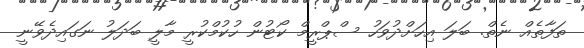
ތަފާތެއް ނެތް. ބަލަ އިހަށްދުވަހު ސްޕްރީމް ކޯޓުން ހުކުމްކުރީ މާލީ ބަދަލު ނަގައިދެވޭނީ